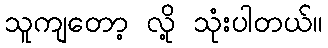
သူကျတော့ လို့ သုံးပါတယ်။